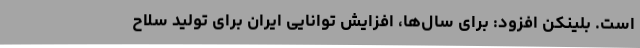
است. بلینکن افزود: برای سال‌ها، افزایش توانایی ایران برای تولید سلاح